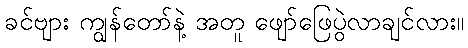
ခင်ဗျား ကျွန်တော်နဲ့ အတူ ဖျော်ဖြေပွဲလာချင်လား။